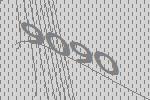
9090